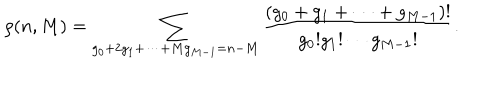
LaTeX: \rho ( n , M ) = \sum _ { g _ { 0 } + 2 g _ { 1 } + \cdots + M g _ { M - 1 } = n - M } \frac { ( g _ { 0 } + g _ { 1 } + \cdots + g _ { M - 1 } ) ! } { g _ { 0 } ! g _ { 1 } ! \cdots g _ { M - 1 } ! } .